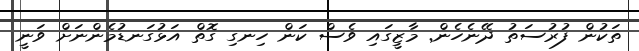
ތަކުން ފުރުސަތު ދޭނެހެން